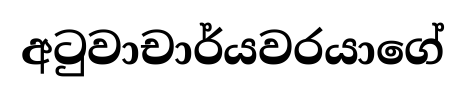
අටුවාචාර්යවරයාගේ